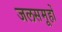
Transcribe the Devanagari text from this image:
जलसमूहों